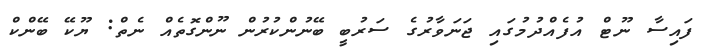
ފައިސާ ނޫޓް އުފެއްދުމުގައި ޖަނަވާރުގެ ސަރުބީ ބޭނުންކުރުން ނޫންގޮތެއް ނެތް: ޔޫކޭ ބޭންކް